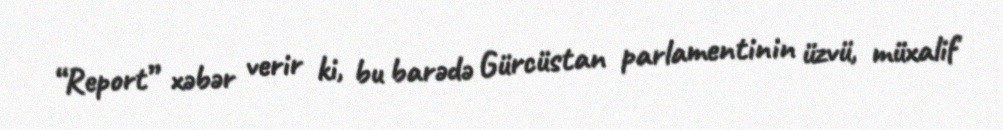
“Report” xəbər verir ki, bu barədə Gürcüstan parlamentinin üzvü, müxalif